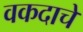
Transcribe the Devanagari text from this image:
वकदाचे